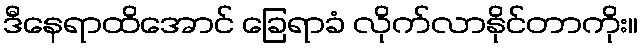
ဒီနေရာထိအောင် ခြေရာခံ လိုက်လာနိုင်တာကိုး။